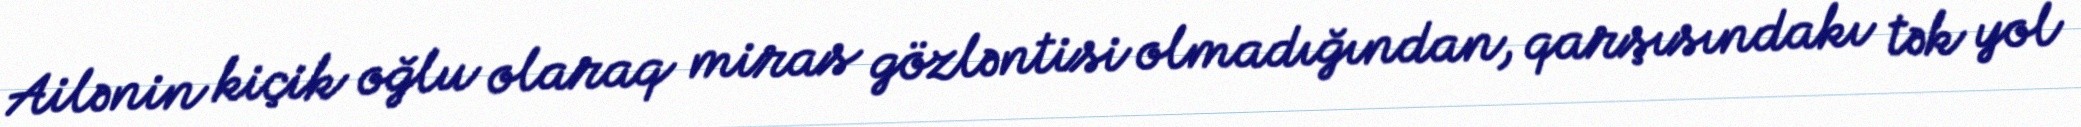
Ailənin kiçik oğlu olaraq miras gözləntisi olmadığından, qarşısındakı tək yol